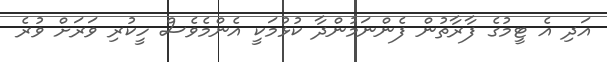
އަދި އެ ޓީމުގެ ފާރާތުން ފެންނަމުންދާ ކުޅުމަކީ އެންމެވެސް ހީކުރި ވަރަށް ވުރެ